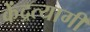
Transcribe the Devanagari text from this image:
केंद्रत्यागी